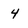
Character: 4